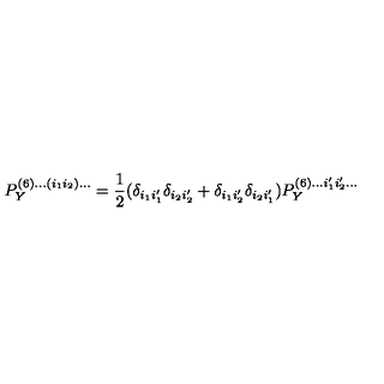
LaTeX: P _ { Y } ^ { ( 6 ) . . . ( i _ { 1 } i _ { 2 } ) . . . } = \frac { 1 } { 2 } ( \delta _ { i _ { 1 } i _ { 1 } ^ { \prime } } \delta _ { i _ { 2 } i _ { 2 } ^ { \prime } } + \delta _ { i _ { 1 } i _ { 2 } ^ { \prime } } \delta _ { i _ { 2 } i _ { 1 } ^ { \prime } } ) P _ { Y } ^ { ( 6 ) . . . i _ { 1 } ^ { \prime } i _ { 2 } ^ { \prime } . . . }